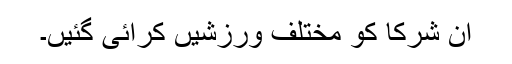
ان شرکا کو مختلف ورزشیں کرائی گئیں۔